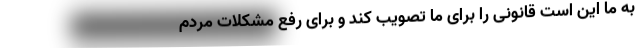
به ما این است قانونی را برای ما تصویب کند و برای رفع مشکلات مردم